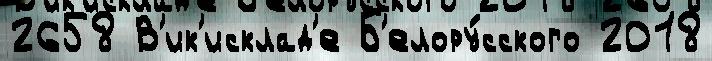
2658 В'ик'исклад'е Б'елору́сского 2018